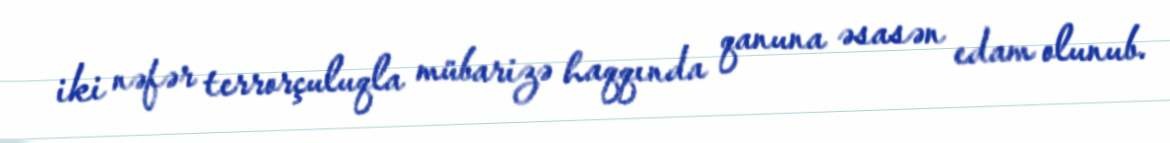
iki nəfər terrorçuluqla mübarizə haqqında qanuna əsasən edam olunub.